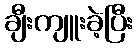
ချီးကျူးခဲ့ပြီး